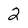
Character: 2